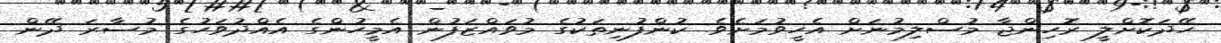
ހޭދަކޮށްލީ ރޮހިންޖާ މުސްލިމުނަށް އެހީވުމަށެވެ. ކުންފުނިތަކުގެ މުވައްޒަފުން އެމީހުންގެ އެއްދުވަހުގެ މުސާރަ ދޭން